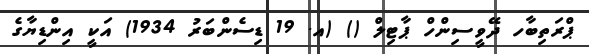
ޕްރަތިބާހ ދޭވީސިންހް ޕާޓިލް () (އ. 19 ޑިސެންބަރު 1934) އަކީ އިންޑިޔާގެ